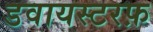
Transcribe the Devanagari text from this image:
डवायस्टरफ़